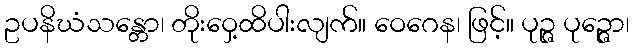
ဥပနိဃံသန္တော၊ တိုးဝှေ့ထိပါးလျက်။ ဝေဂေန၊ ဖြင့်။ ပုဉ္ဇ ပုဉ္ဇော၊